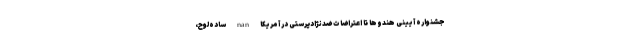
جشنواره آیینی هندوها تا اعتراضات ضدنژادپرستی در آمریکا nan ساده‌لوح،